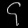
Digit: ၄